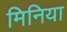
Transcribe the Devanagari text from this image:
मिनिया